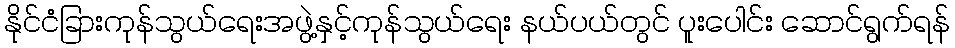
နိုင်ငံခြားကုန်သွယ်ရေးအဖွဲ့နှင့်ကုန်သွယ်ရေး နယ်ပယ်တွင် ပူးပေါင်း ဆောင်ရွက်ရန်